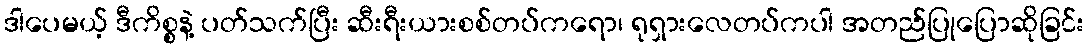
ဒါပေမယ့် ဒီကိစ္စနဲ့ ပတ်သက်ပြီး ဆီးရီးယားစစ်တပ်ကရော၊ ရုရှားလေတပ်ကပါ အတည်ပြုပြောဆိုခြင်း